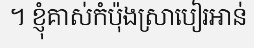
។ ខ្ញុំគាស់កំប៉ុងស្រាបៀរអាន់